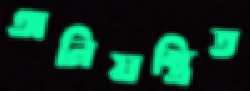
অনিয়ন্ত্রিত